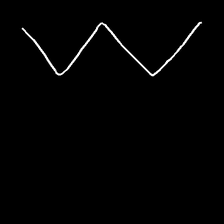
Glyph: crush